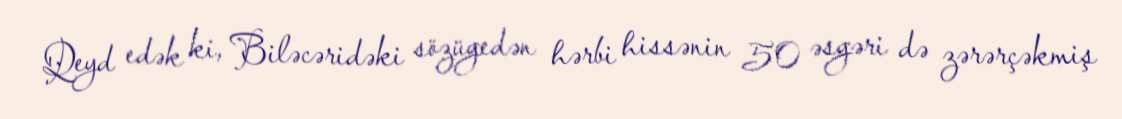
Qeyd edək ki, Biləcəridəki sözügedən hərbi hissənin 50 əsgəri də zərərçəkmiş